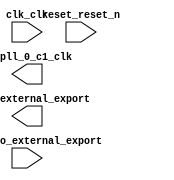

module core (
	altpll_0_c1_clk,
	clk_clk,
	pio_0_external_export,
	reset_reset_n,
	slide_pio_external_export);	

	output		altpll_0_c1_clk;
	input		clk_clk;
	output	[9:0]	pio_0_external_export;
	input		reset_reset_n;
	input	[9:0]	slide_pio_external_export;
endmodule